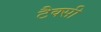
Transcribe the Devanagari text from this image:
टैक्सी